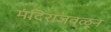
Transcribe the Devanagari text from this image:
मंदिराजवळून